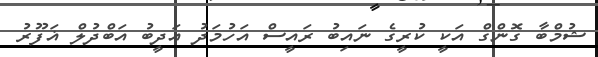
ޝުމްބާ ގޮންގް އަކީ ކުރީގެ ނައިބު ރައީސް އަހުމަދު އަދީބު އަބްދުލް ޣަފޫރު